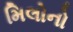
મિલોનો